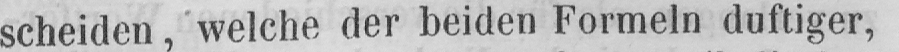
scheiden, welche der beiden Formeln duftiger,